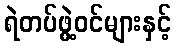
ရဲတပ်ဖွဲ့ဝင်များနှင့်